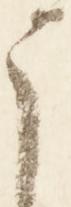
う